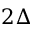
2 \Delta